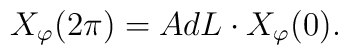
X_\varphi (2\pi )=AdL\cdot X_\varphi (0).